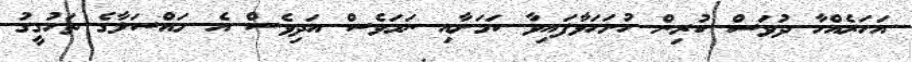
އަހަރެއްހާ ދުވަސް ކުރިން ހުށަހަޅާފައިވާ ކަމަށާއި ނަމަވެސް އަދިވެސް އެ މައްސަލާގެ ތަހުގީގު